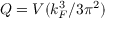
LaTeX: Q = V ( k _ { F } ^ { 3 } / 3 \pi ^ { 2 } )